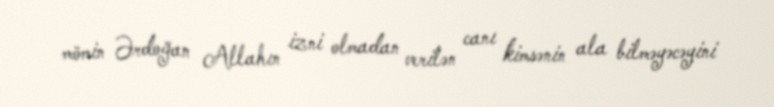
mömin Ərdoğan Allahın izni olmadan verilən canı kimsənin ala bilməyəcəyini